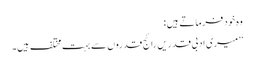
وہ خود فرماتے ہیں :
’’میری ادبی قدریں رائج قدروں سے بہت مختلف ہیں۔